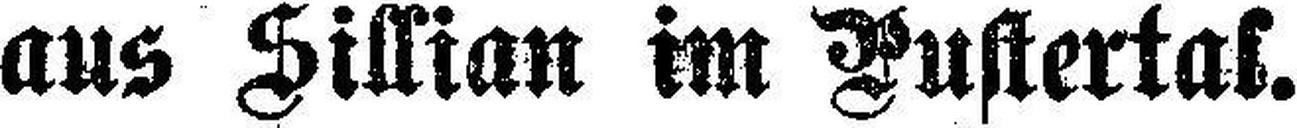
aus Sillian im Pustertal.